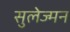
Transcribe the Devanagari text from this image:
सुलेज्मन